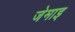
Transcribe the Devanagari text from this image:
जेमाइ